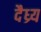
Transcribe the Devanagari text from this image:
दैध्र्य